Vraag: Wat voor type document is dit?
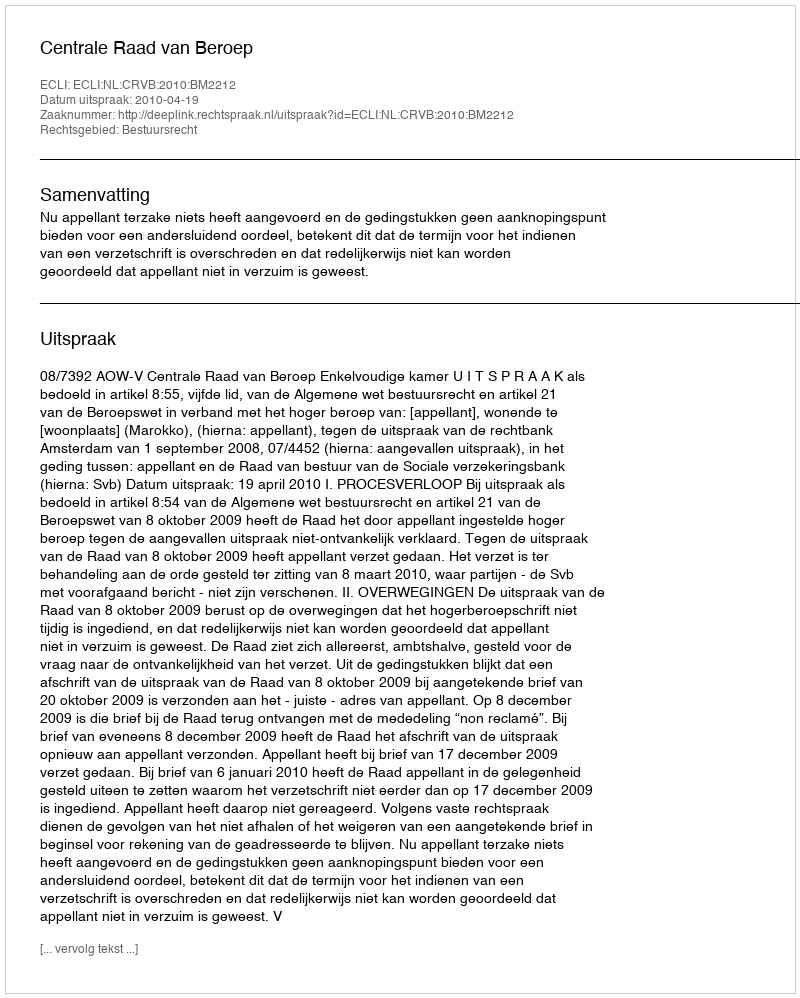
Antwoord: Uitspraak